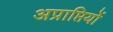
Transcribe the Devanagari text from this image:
अप्राप्तियों